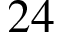
2 4